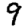
Digit: 9